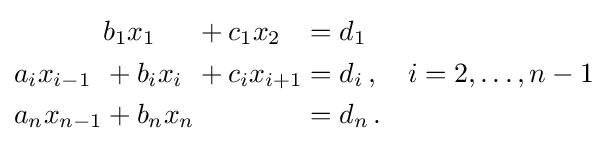
{\begin{alignedat}{4}&&&b_{1}x_{1}&&+c_{1}x_{2}&&=d_{1}\\&a_{i}x_{i-1}&&+b_{i}x_{i}&&+c_{i}x_{i+1}&&=d_{i}\,,\quad i=2,\ldots ,n-1\\&a_{n}x_{n-1}&&+b_{n}x_{n}&&&&=d_{n}\,.\end{alignedat}}